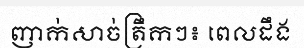
ញាក់សាច់ត្រឹកៗ៖ ពេលដឹង